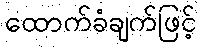
ထောက်ခံချက်ဖြင့်